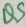
Text: Q3